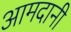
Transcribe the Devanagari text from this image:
आमदानी